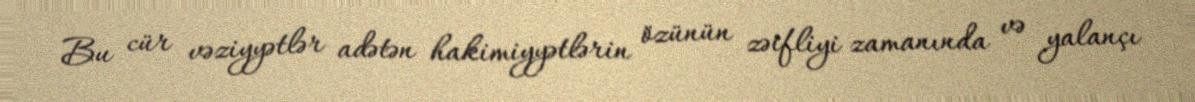
Bu cür vəziyyətlər adətən hakimiyyətlərin özünün zəifliyi zamanında və yalançı